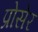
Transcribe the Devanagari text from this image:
प्रोसेर